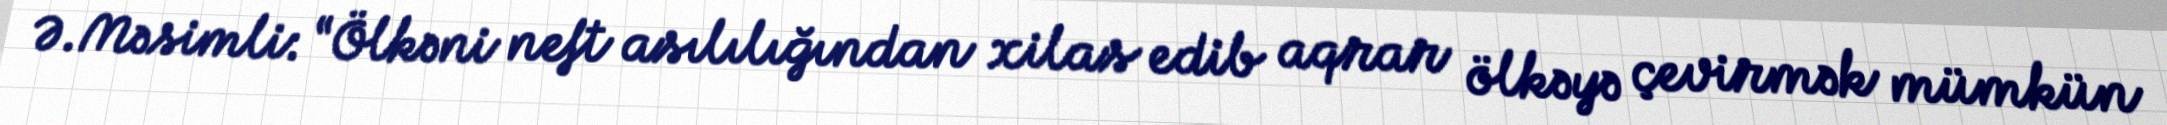
Ə.Məsimli: “Ölkəni neft asılılığından xilas edib aqrar ölkəyə çevirmək mümkün